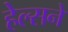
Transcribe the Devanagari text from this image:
हेल्सने